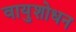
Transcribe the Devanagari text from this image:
वायुशोधन